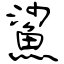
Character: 鯊